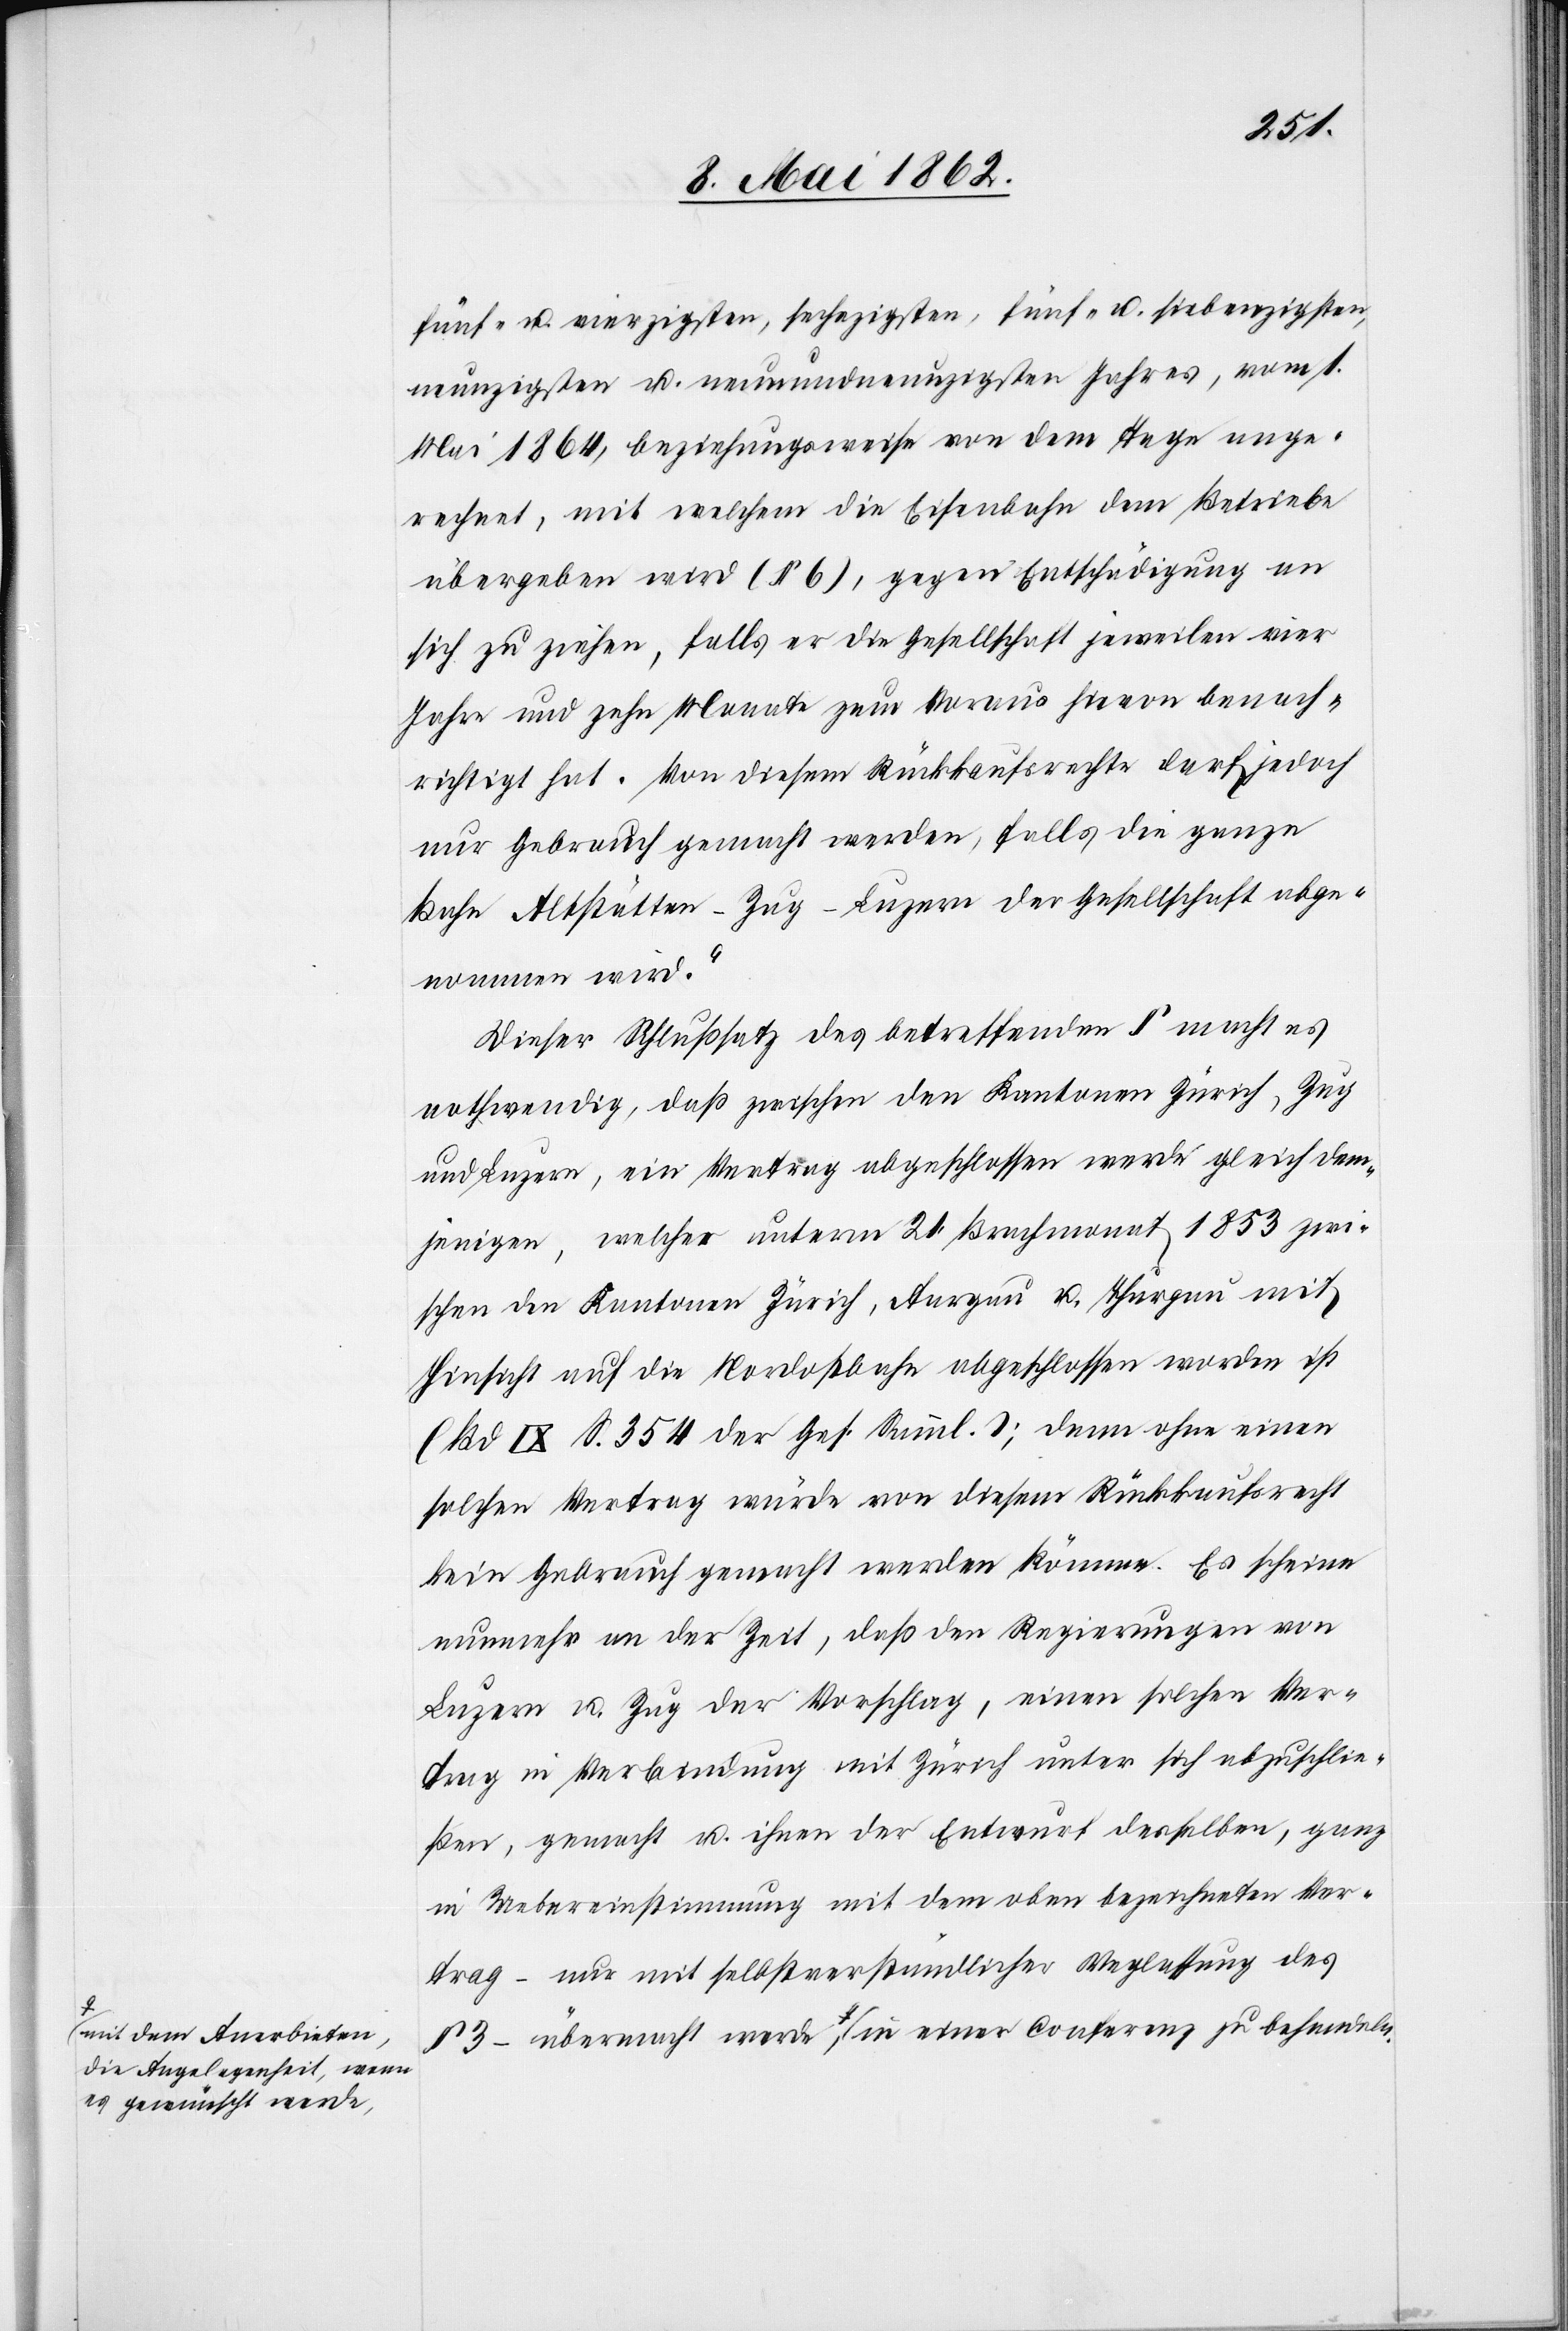
a-mit dem Anerbieten,
die Angelegenheit, wenn
es gewünscht werde,-a

fünf- u. vierziegsten, sechszigsten, fünf- u. siebenzigsten,
neunzigsten u. neunundneunzigsten Jahres, vom 1.
Mai 1864, beziehungsweise von dem Tage ange¬
rechnet, mit welchem die Eisenbahn dem Betreibe
übergeben wird (§ 6), gegen Entschädigung an
sich zu ziehen, falls er die Gesellschaft jeweilen vier
Jahre und zehn Monate zum Voraus hievon benach¬
richtigt hat. Von diesem Rückkaufsrechte darf jedoch
nur Gebrauch gemacht werden, falls die ganze
Bahn Altstätten-Zug-Luzern der Gesellschaft abge¬
wonnen wird.“
Dieser Schlußsatz des betreffenden § macht es
nothwendig, daß zwischen den Kantonen Zürich, Zug
und Luzern, ein Vertrag abgeschlossen werde gleich dem¬
jenigen, welcher unterm 21. Brachmonat 1853 zwi¬
schen den Kantonen Zürich, Aargau u. Thurgau mit
Hinsicht auf die Nordostbahn abgeschlossen worden ist
(Bd. IX S. 354 der Ges. Samml.); denn ohne einen
solchen Vertrag würde von diesem Rückkaufsrecht
kein Gebrauch gemacht werden können. Es scheine
nunmehr an der Zeit, daß den Regierung von
Luzern u. Zug der Vorschlag, einen solchen Ver¬
trag in Verbindung mit Zürich unter sich abzuschlie¬
ßen, gemacht u. ihnen der Entwurf desselben, ganz
in Uebereinstimmung mit dem oben bezeichneten Vor¬
trag – nur mit selbstverständlicher Weglassung des